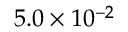
5 . 0 \times 1 0 ^ { - 2 }